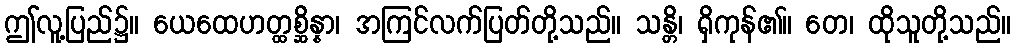
ဤလူ့ပြည်၌။ ယေထေဟတ္ထစ္ဆိန္နာ၊ အကြင်လက်ပြတ်တို့သည်။ သန္တိ၊ ရှိကုန်၏။ တေ၊ ထိုသူတို့သည်။